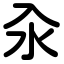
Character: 汆